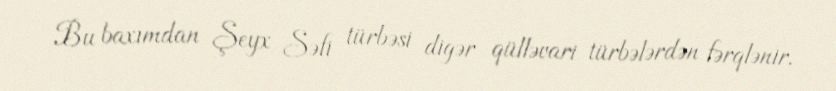
Bu baxımdan Şeyx Səfi türbəsi digər qülləvari türbələrdən fərqlənir.